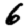
Digit: 6